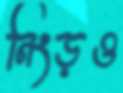
নিংড়ও